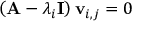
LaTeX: \left( \mathbf { A } - \lambda _ { i } \mathbf { I } \right) \mathbf { v } _ { i , j } = 0